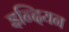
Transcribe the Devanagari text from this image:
इन्दियन